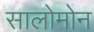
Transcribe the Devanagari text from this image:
सालोमोन